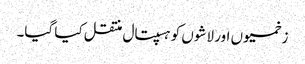
زخمیوں اور لاشوں کو ہسپتال منتقل کیا گیا۔